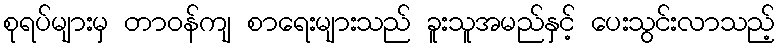
စုရပ်များမှ တာဝန်ကျ စာရေးများသည် ခူးသူအမည်နှင့် ပေးသွင်းလာသည့်